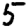
Digit: 5